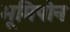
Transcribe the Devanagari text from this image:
भूमिपोन